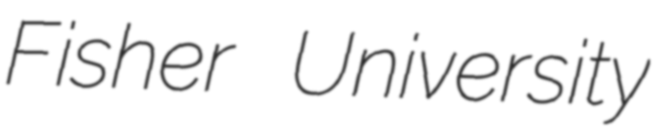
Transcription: Fisher University